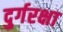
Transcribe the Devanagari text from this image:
दुर्गरक्षा